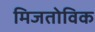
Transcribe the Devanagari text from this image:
मिजतोविक